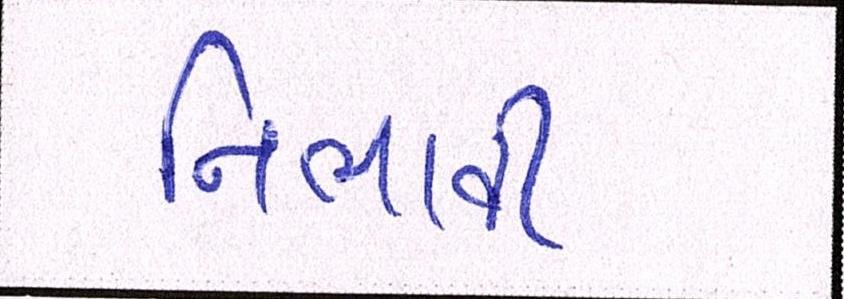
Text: નિભાવી